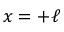
x = + \ell